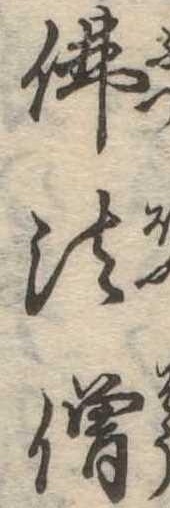
仏法僧